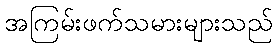
အကြမ်းဖက်သမားများသည်